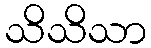
သိသိသာ